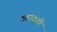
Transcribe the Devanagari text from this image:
शामवाडी